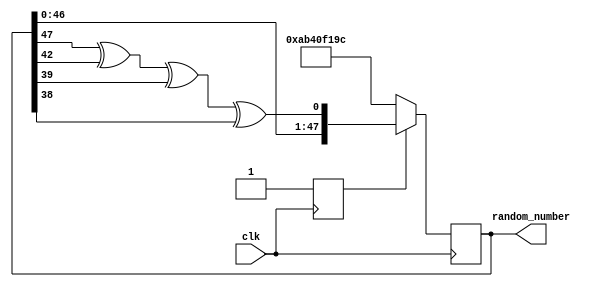
module random_generator(
    input clk,
    output [47:0] random_number
);

    reg [47:0] lfsr;
    reg flag = 0;

    always @(posedge clk) begin
        if (~flag) begin
            lfsr <= 48'hAB40F19C; 
            flag <= 1;
        end else begin
            // Use a set of taps that better distribute ones across all 48 bits
            lfsr <= {lfsr[46:0], lfsr[47] ^ lfsr[42] ^ lfsr[39] ^ lfsr[38]};
        end
    end

    assign random_number = lfsr;
endmodule